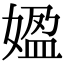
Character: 𡟚